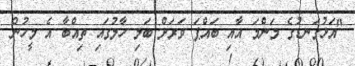
"އަޅުގަނޑުގެ މަންމަ އާއި ބައްޕަ ވަރަށް ބަލި ހާލުގައި ތިއްބާ އެ މީހުން